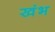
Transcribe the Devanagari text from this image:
खंभ